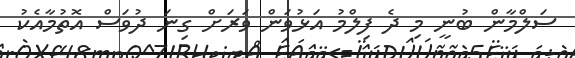
ސަލްމާން ބުނީ މި ދެ ފިލްމު އަޅުވަން ވަރަށް ގިނަ ދުވަސް އޮތުމާއެކު